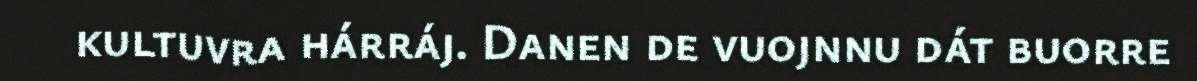
kultuvra hárráj. Danen de vuojnnu dát buorre